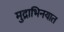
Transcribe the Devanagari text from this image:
मुद्राभिनयात